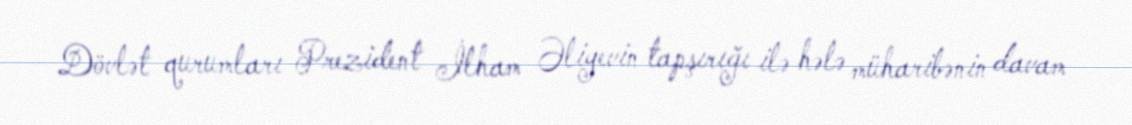
Dövlət qurumları Prezident İlham Əliyevin tapşırığı ilə hələ müharibənin davam